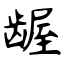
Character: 龌